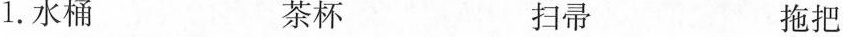
1.水桶 茶杯 扫帚 拖把